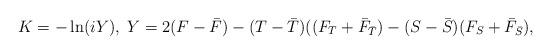
LaTeX: \begin{align*}K= -\ln (iY),\;Y= 2(F- {\bar F}) - (T -{\bar T})((F_T + {\bar F}_{\bar T}) -(S - {\bar S})(F_S + {\bar F}_{\bar S}),\end{align*}